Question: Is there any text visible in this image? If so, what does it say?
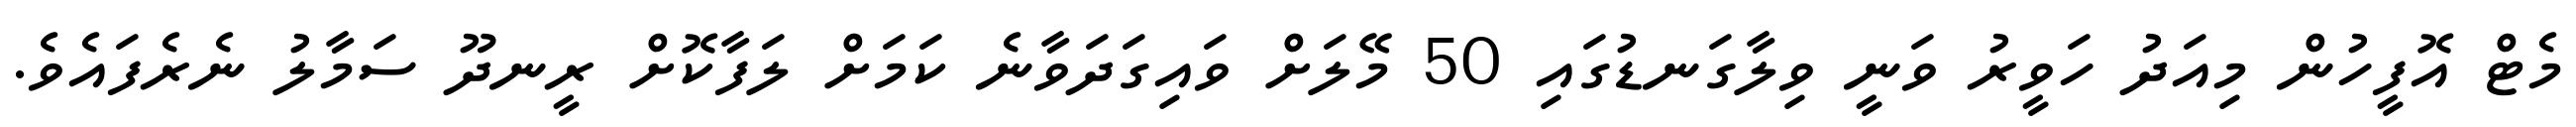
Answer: މެޓް އޮފީހުން މިއަދު ހަވީރު ވަނީ ވިލާގަނޑުގައި 50 މޭލަށް ވައިގަދަވާނެ ކަމަށް ލަފާކޮށް ރީނދޫ ސަމާލު ނެރެފައެވެ.